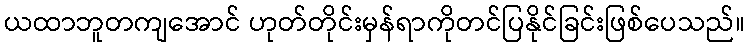
ယထာဘူတကျအောင် ဟုတ်တိုင်းမှန်ရာကိုတင်ပြနိုင်ခြင်းဖြစ်ပေသည်။